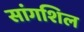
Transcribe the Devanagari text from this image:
सांगशिल